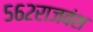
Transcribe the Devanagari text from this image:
५६२राजवंश